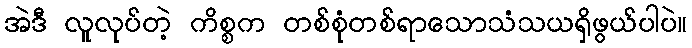
အဲဒီ လူလုပ်တဲ့ ကိစ္စက တစ်စုံတစ်ရာသောသံသယရှိဖွယ်ပါပဲ။